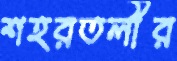
শহরতলীর